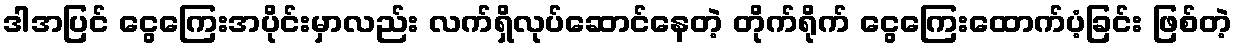
ဒါအပြင် ငွေကြေးအပိုင်းမှာလည်း လက်ရှိလုပ်ဆောင်နေတဲ့ တိုက်ရိုက် ငွေကြေးထောက်ပံ့ခြင်း ဖြစ်တဲ့